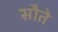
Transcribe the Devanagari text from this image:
सौते